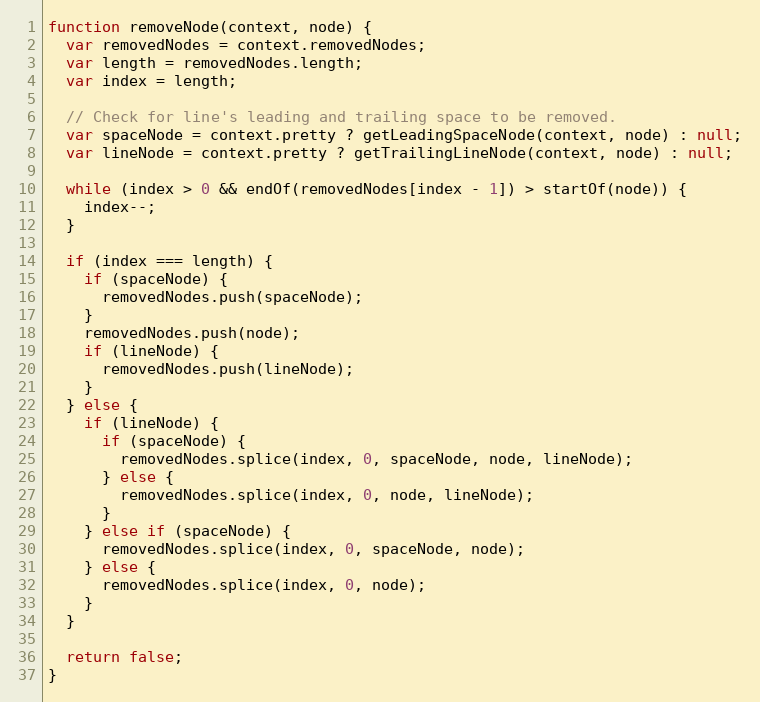
Language: JavaScript
function removeNode(context, node) {
  var removedNodes = context.removedNodes;
  var length = removedNodes.length;
  var index = length;

  // Check for line's leading and trailing space to be removed.
  var spaceNode = context.pretty ? getLeadingSpaceNode(context, node) : null;
  var lineNode = context.pretty ? getTrailingLineNode(context, node) : null;

  while (index > 0 && endOf(removedNodes[index - 1]) > startOf(node)) {
    index--;
  }

  if (index === length) {
    if (spaceNode) {
      removedNodes.push(spaceNode);
    }
    removedNodes.push(node);
    if (lineNode) {
      removedNodes.push(lineNode);
    }
  } else {
    if (lineNode) {
      if (spaceNode) {
        removedNodes.splice(index, 0, spaceNode, node, lineNode);
      } else {
        removedNodes.splice(index, 0, node, lineNode);
      }
    } else if (spaceNode) {
      removedNodes.splice(index, 0, spaceNode, node);
    } else {
      removedNodes.splice(index, 0, node);
    }
  }

  return false;
}